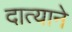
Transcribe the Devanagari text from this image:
दात्याने